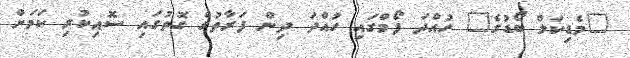
"މެޑިކަލް ބޯޑުގެ" ހުއްދަ ފޯމްގައި ހުއްދަ ދިން ފަރާތުގެ ގޮތުގައި ސޮއިކުރި ކަމަށް